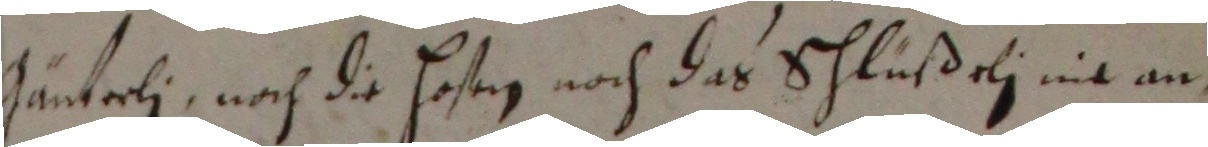
Jänterli, nach die hofeg noch das schlußeli nit am